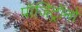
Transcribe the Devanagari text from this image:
पॉजिट्रॉनों